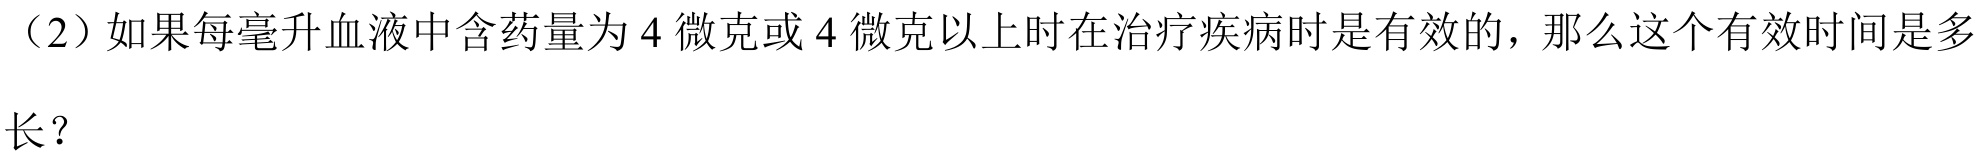
（2）如果每毫升血液中含药量为 \(4\) 微克或 \(4\) 微克以上时在治疗疾病时是有效的，那么这个有效时间是多长？